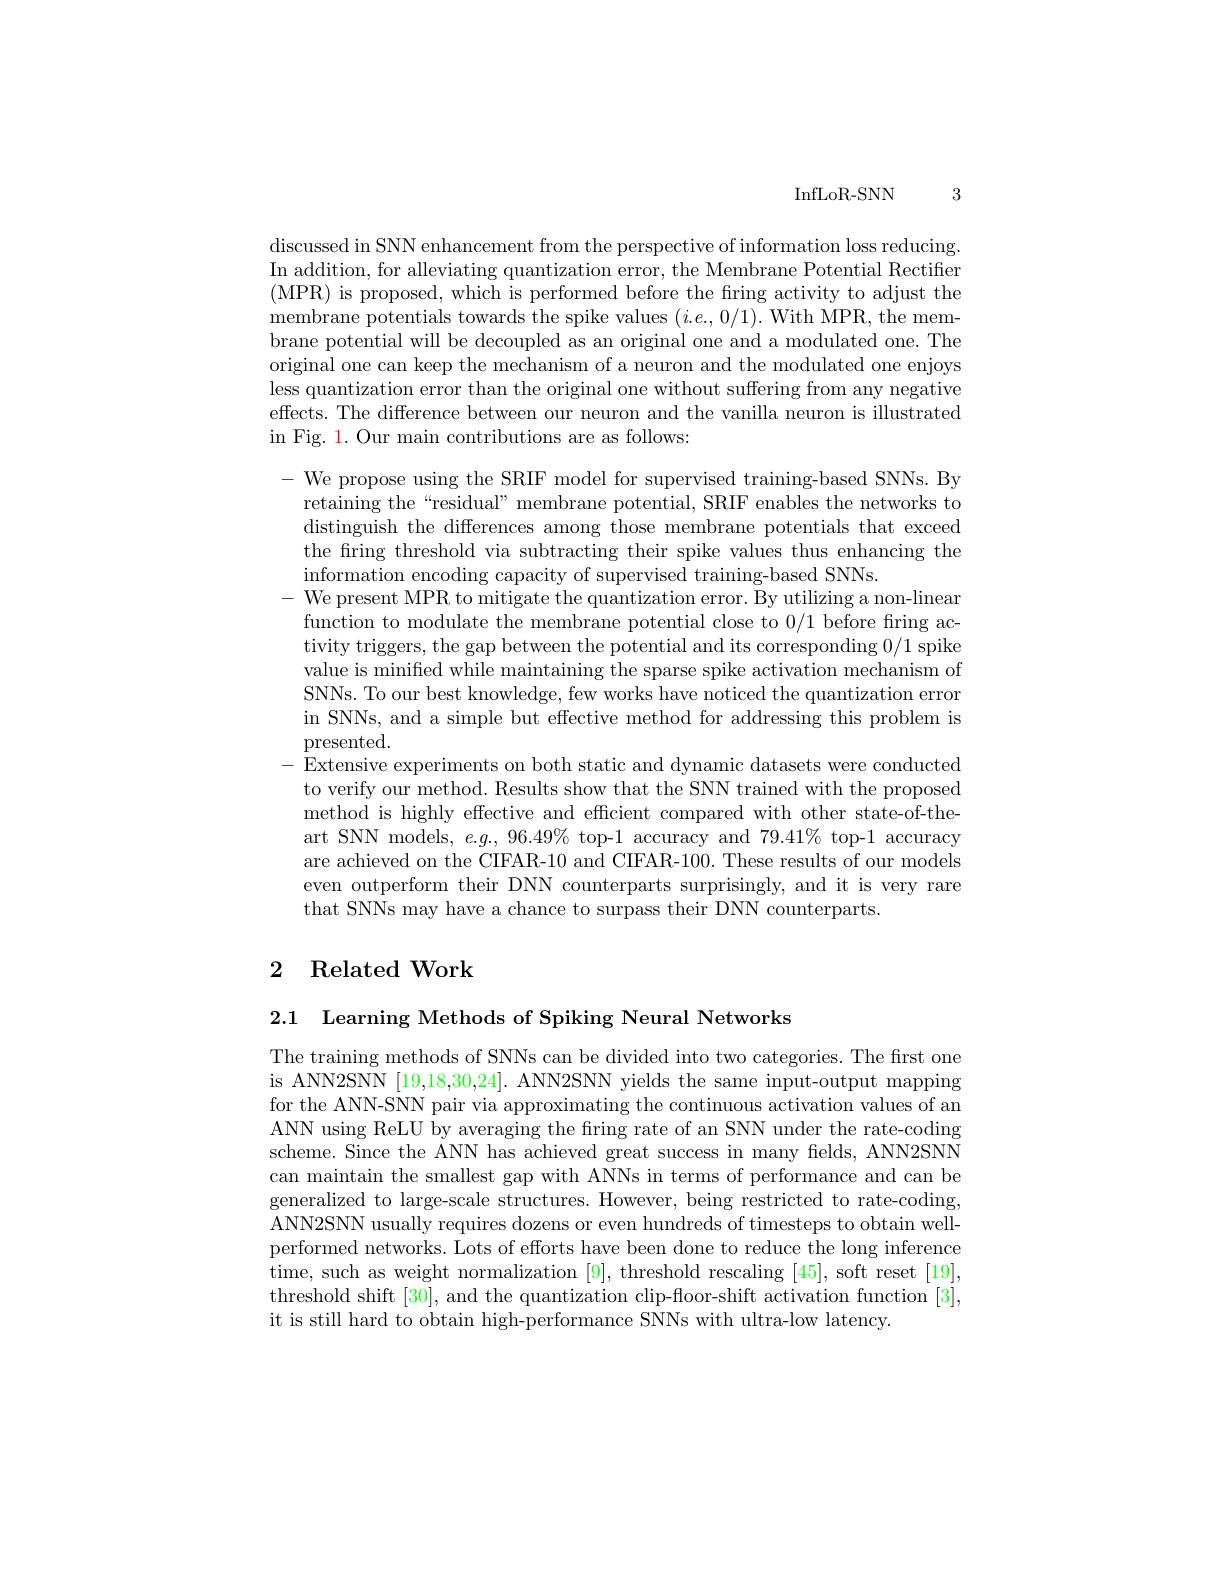
InfLoR- SNN 3

discussed in SNN enhancement from the perspective of information loss reducing. In addition, for alleviating quantization error, the Membrane Potential Rectifier (MPR) is proposed, which is performed before the fring activity to adjust the membrane potentials towards the spike values $(i.e.,0/1).$ With MPR, the membrane potential will be decoupled as an original one and a modulated one. The original one can keep the mechanism of a neuron and the modulated one enjoys less quantization error than the original one without suffering from any negative effects. The difference between our neuron and the vanilla neuron is illustrated in Fig. 1. Our main contributions are as follows:

- We propose using the SRIF model for supervised training-based SNNs. By
retaining the “residual” membrane potential, SRIF enables the networks to distinguish the differences among those membrane potentials that exceed the fring threshold via subtracting their spike values thus enhancing the information encoding capacity of supervised training-based SNNs.
- We present MPR to mitigate the quantization error. By utilizing a non-linear
function to modulate the membrane potential close to 0/1 before firing activity triggers, the gap between the potential and its corresponding 0/1 spike value is minifed while maintaining the sparse spike activation mechanism of SNNs. To our best knowledge, few works have noticed the quantization error in SNNs, and a simple but effective method for addressing this problem is presented.
Extensive experiments on both static and dynamic datasets were conducted to verify our method. Results show that the SNN trained with the proposed method is highly effective and efficient compared with other state-of-theart SNN models, $e.g.$, 96.49% top-1 accuracy and 79.41% top-1 accuracy are achieved on the CIFAR-10 and CIFAR-100. These results of our models even outperform their DNN counterparts surprisingly, and it is very rare that SNNs may have a chance to surpass their DNN counterparts.

## 2 Related Work

2.1 Learning Methods of Spiking Neural Networks

The training methods of SNNs can be divided into two categories. The first one is ANN2SNN [19,18,30,24]. ANN2SNN yields the same input-output mapping for the ANN-SNN pair via approximating the continuous activation values of an ANN using ReLU by averaging the firing rate of an SNN under the rate-coding scheme. Since the ANN has achieved great success in many felds, ANN2SNN can maintain the smallest gap with ANNs in terms of performance and can be generalized to large-scale structures. However, being restricted to rate-coding, ANN2SNN usually requires dozens or even hundreds of timesteps to obtain wellperformed networks. Lots of efforts have been done to reduce the long inference time, such as weight normalization [9], threshold rescaling [45], soft reset [19], threshold shift [30], and the quantization clip-floor-shift activation function [3], it is still hard to obtain high-performance SNNs with ultra-low latency.